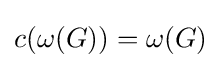
c(\omega (G))=\omega (G)